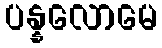
ပန္နလောမေ